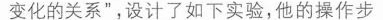
变化的关系”，设计了如下实验，他的操作步